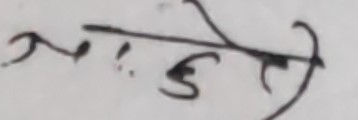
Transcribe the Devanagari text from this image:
अाज्ञा